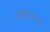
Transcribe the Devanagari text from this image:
जनरल्